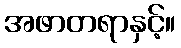
အဖာတရာနှင့်။